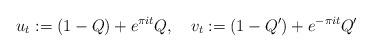
LaTeX: \begin{align*} u_t: = (1-Q) + e^{\pi it} Q ,\quad v_t:= (1-Q')+ e^{- \pi it} Q'\end{align*}